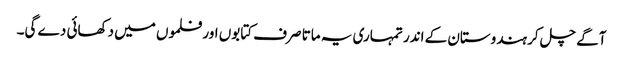
آگے چل کر ہندوستان کے اندر تمہاری یہ ماتا صرف کتابوں اور فلموں میں دکھائی دے گی۔